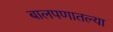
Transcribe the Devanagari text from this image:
बालपणातल्या